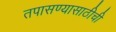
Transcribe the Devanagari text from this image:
तपासण्यासाठीची